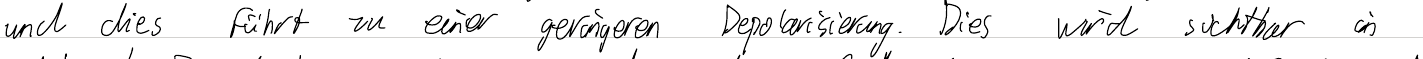
und die führt zu einer geringeren Depolarisierung. Dies wird sichtbar in